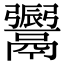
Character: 𩱜